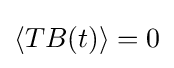
\left\langle TB(t)\right\rangle =0